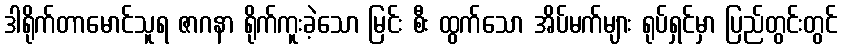
ဒါရိုက်တာမောင်သူရ ဇာဂနာ ရိုက်ကူးခဲ့သော မြင်း စီး ထွက်သော အိပ်မက်များ ရုပ်ရှင်မှာ ပြည်တွင်းတွင်